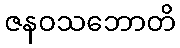
ဇနဝသဘောတိ